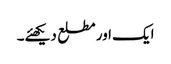
ایک اور مطلع دیکھئے۔